Investigations on Bengal jail dietaries - Number 37
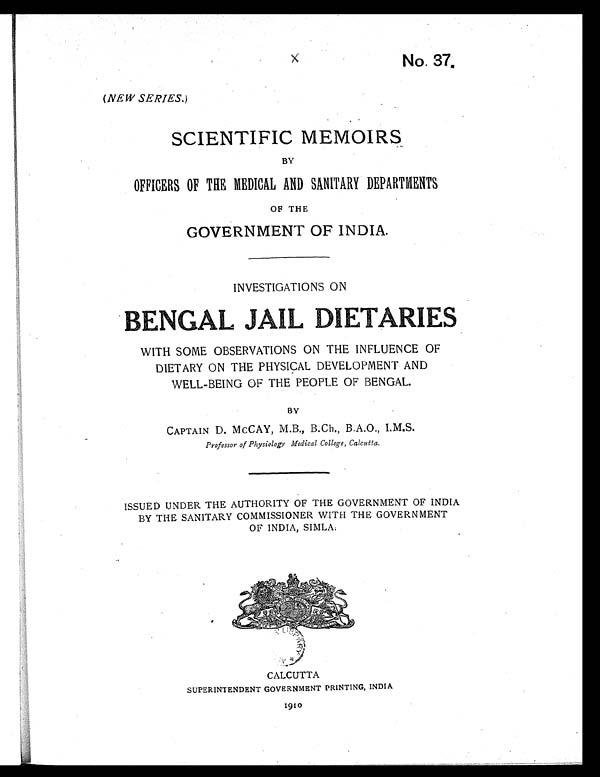
No. 37.
(NEW SERIES.)
SCIENTIFIC MEMOIRS
BY
OFFICERS OF THE MEDICAL AND SANITARY DEPARTMENTS
OF THE
GOVERNMENT OF INDIA.
INVESTIGATIONS ON
B E N G A L J A I L D I E T A R I E S
WITH SOME OBSERVATIONS ON THE INFLUENCE OF
DIETARY ON THE PHYSICAL DEVELOPMENT AND
WELL-BEING OF THE PEOPLE OF BENGAL.
BY
CAPTAIN D. MCCAY, M.B., B.Ch., B.A.O., I.M.S.
Professor of Physiology Medical College, Calcutta.
ISSUED UNDER THE AUTHORITY OF THE GOVERNMENT OF INDIA
BY THE SANITARY COMMISSIONER WITH THE GOVERNMENT
OF INDIA, SIMLA:
CALCUTTA
SUPERINTENDENT GOVERNMENT PRINTING, INDIA
1910